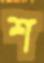
শ